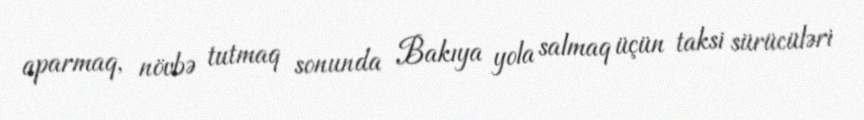
aparmaq, növbə tutmaq sonunda Bakıya yola salmaq üçün taksi sürücüləri